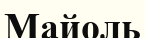
Майоль